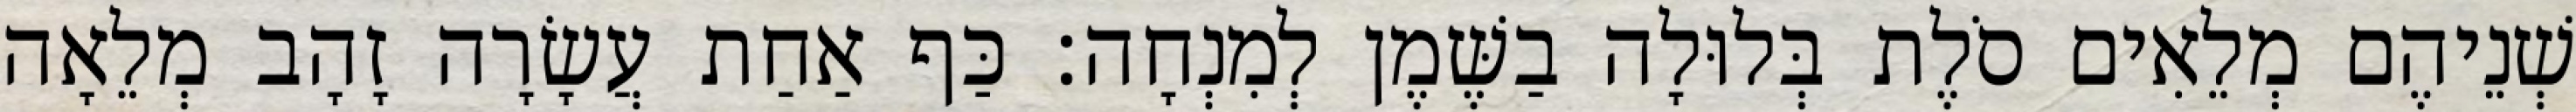
שְׁנֵיהֶם מְלֵאִים סֹלֶת בְּלוּלָה בַשֶּׁמֶן לְמִנְחָה׃ כַּף אַחַת עֲשָׂרָה זָהָב מְלֵאָה